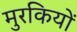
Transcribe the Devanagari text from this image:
मुरकियों